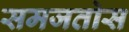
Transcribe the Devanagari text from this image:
समजतोस